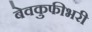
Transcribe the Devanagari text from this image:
बेवकुफीभरी